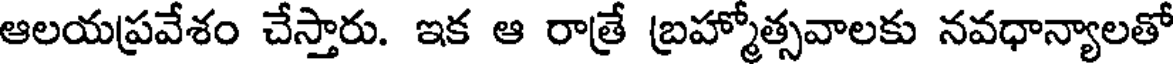
ఆలయప్రవేశం చేస్తారు. ఇక ఆ రాత్రే బ్రహ్మోత్సవాలకు నవధాన్యాలతో